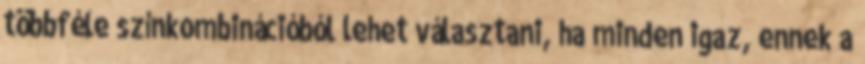
többféle színkombinációból lehet választani, ha minden igaz, ennek a